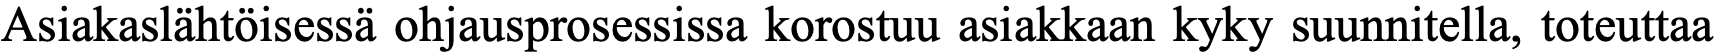
Asiakaslähtöisessä ohjausprosessissa korostuu asiakkaan kyky suunnitella, toteuttaa